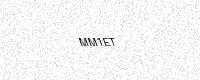
Text: MM1ET